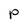
Character: P